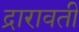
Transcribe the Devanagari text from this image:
द्रारावती